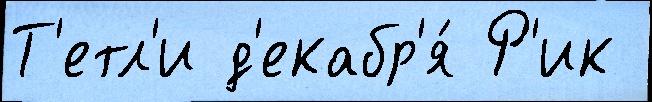
Т'етл'и д'екабр'я́ Р'ик